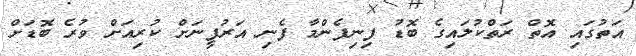
އަތުގައި އޮތް ރަތްކުލައިގެ ބޮޑު ފިނިފެންމާ ފެނި އަރުފީނަށް ކުރިއަށް ވުރެ ބޮޑަށް